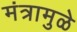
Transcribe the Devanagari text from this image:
मंत्रामुळे